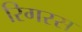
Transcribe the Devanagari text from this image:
रिगरस